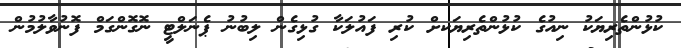
ކުޅުންތެރިޔަކު ނިއުގެ ކުޅުންތެރިޔަކށް ކުރި ފައުލަކާ ގުޅިގެން ލިބުނު ޕެނަލްޓީ ނޮގޮންގަމް ފޮނުވާލުމުން